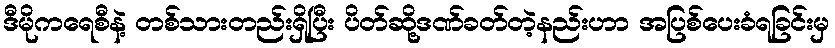
ဒီမိုကရေစီနဲ့ တစ်သားတည်းရှိပြီး ပိတ်ဆို့ဒဏ်ခတ်တဲ့နည်းဟာ အပြစ်ပေးခံရခြင်းမှ